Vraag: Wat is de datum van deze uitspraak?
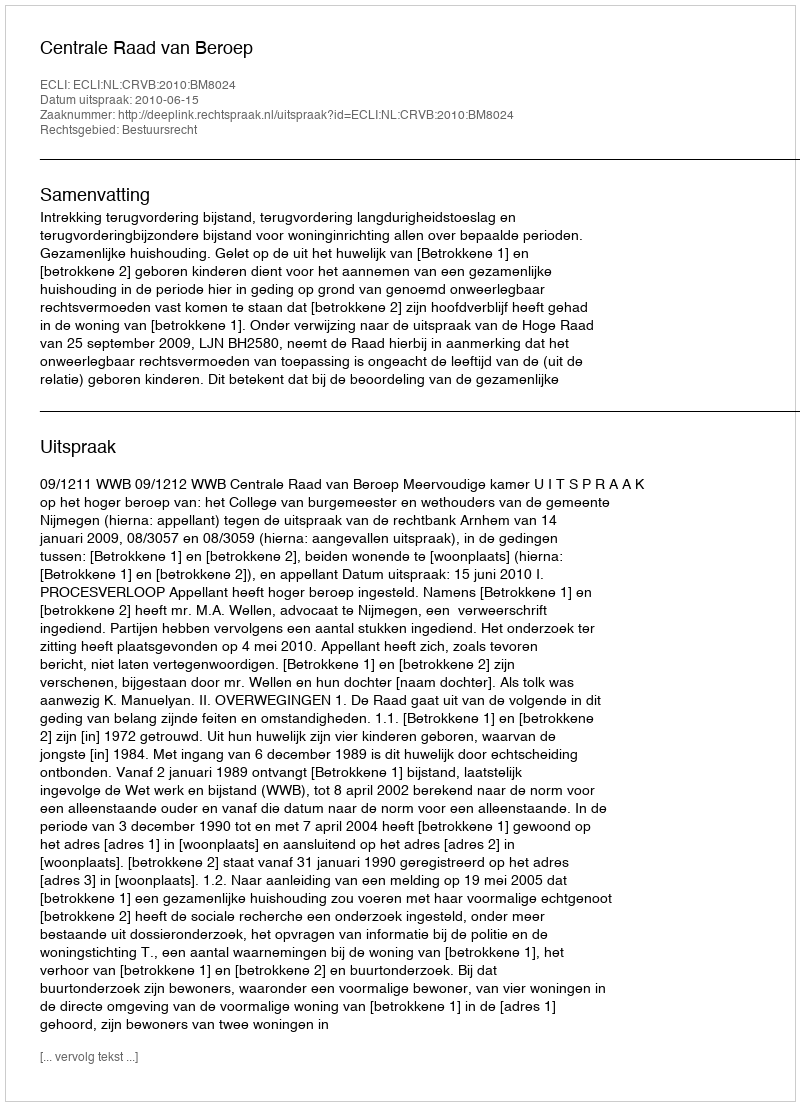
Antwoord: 2010-06-15